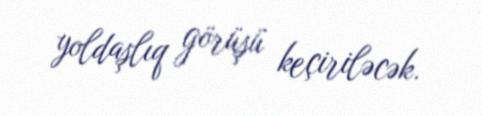
yoldaşlıq görüşü keçiriləcək.